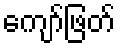
ကျော်ဖြတ်